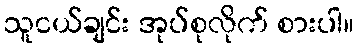
သူငယ်ချင်း အုပ်စုလိုက် စားပါ။